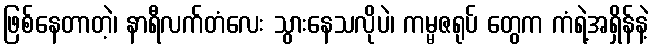
ဖြစ်နေတာတဲ့၊ နာရီလက်တံလေး သွားနေသလိုပဲ၊ ကမ္မဇရုပ် တွေက ကံရဲ့အရှိန်နဲ့